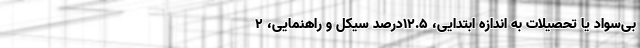
بی‌سواد یا تحصیلات به اندازه ابتدایی، ۱۲.۵درصد سیکل و راهنمایی، ۲